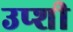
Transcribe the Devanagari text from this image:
उप्शी